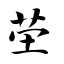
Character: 茔